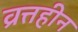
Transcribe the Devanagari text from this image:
व्रत्तहीन